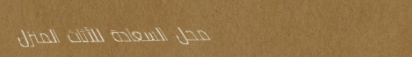
محل السعادة للأثاث المنزل